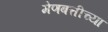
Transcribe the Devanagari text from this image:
मेणबत्तीच्या